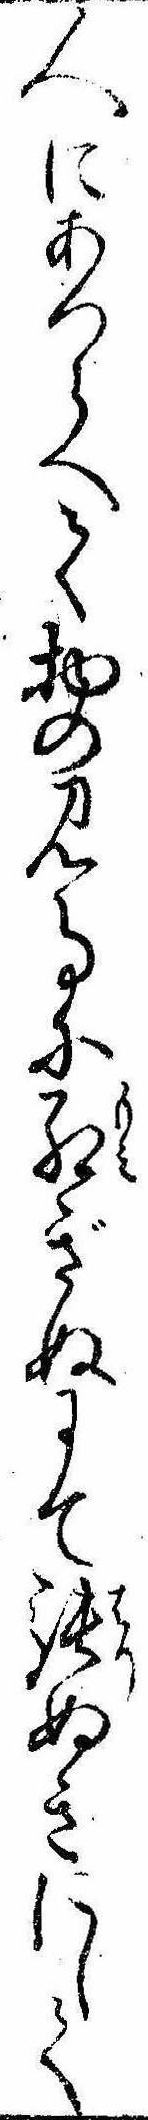
人にあつらへて物の見事に紅ぎぬにて張ぬきにして